Lunatic asylums Punjab 1895-1910 - 1895-1910
Year: 1895
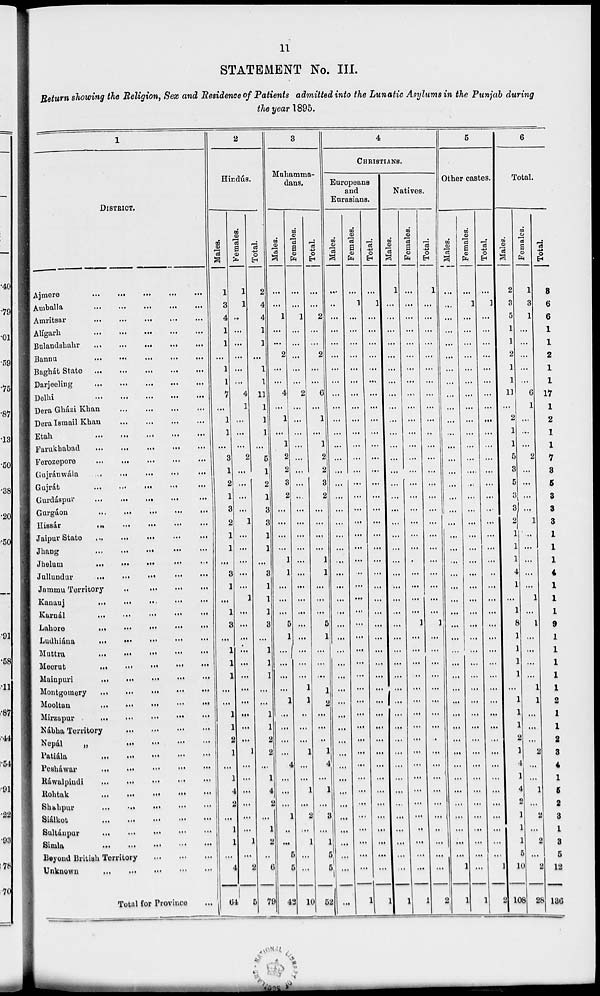
11
STATEMENT No. III.
Return showing the Religion, Sex and Residence of Patients admitetted the Lunatic Asylums in the Punjab during
the year 1895.
1
DlSTRICT.
Ajmere ... ... ... ... ...
Amballa
...
...
...
...
...
Amritsar
...
...
...
...
...
Alígarh
...
...
...
...
...
Bulandshahr
...
...
...
...
...
Bannu
...
...
...
...
...
Baghát State ...
...
...
...
...
Darjeeling
...
...
...
...
...
Delhi
...
...
...
...
...
Dera Gházi Khan
...
...
...
...
Dera Ismail Khan
...
...
...
...
Etah
...
...
...
...
...
Farukhabad
...
...
...
...
...
Ferozepore ... ... ... ... ...
Gujránwála
...
...
...
...
...
Gujrát
...
...
...
...
...
Gurdáspur
...
...
...
...
...
Gurgáon
...
...
...
...
...
Hissár
...
...
...
...
...
Jaipur State
...
...
...
...
...
Jhang
...
...
...
...
...
Jhelum
...
...
...
...
...
Jallundur
...
...
...
...
...
Jammu Territory
... ... ... ...
Kanauj
...
...
...
...
...
Karnál
...
...
...
...
...
Lahore
...
...
...
...
...
Ludhiána
...
...
...
...
...
Muttra
...
...
...
...
...
Meerut
...
...
...
...
...
Mainpuri
...
...
...
...
...
Montgomery
...
...
...
...
...
Mooltan
...
...
...
...
...
Mirzapur
...
...
...
...
...
...
Nábha Territory
...
...
...
...
...
Nepál
„
...
...
...
...
Patiála
...
...
...
...
...
Pesháwar
...
...
...
...
...
Ráwalpindi
...
...
...
...
...
Rohtak
...
...
...
...
...
Shahpur
...
...
...
...
Siálkot
...
...
...
...
...
Sultánpur
...
...
...
...
...
Simla
...
...
...
...
...
Beyond British Territory
...
...
...
Unknown
...
...
...
...
...
Total for Province
...
2
Hindús.
Males.
1
3
4
1
1
...
1
1
7
...
1
1
...
3
1
2
1
3
2
1
1
...
3
1
...
1
3
...
...
1
1
...
...
1
1
2
1
...
1
4
2
...
1
1
...
4
64
Females.
1
1
...
...
...
...
...
...
4
1
...
...
...
2
...
...
...
...
1
...
...
...
...
...
1
...
...
...
...
...
...
...
...
...
...
...
1
...
...
...
...
...
...
1
...
2
5
Total.
2
4
4
1
1
...
1
1
11
1
1
1
...
5
1
2
1
3
3
1
1
...
3
1
1
1
3
...
1
1
1
...
...
1
1
2
2
...
1
4
2
...
1
2
...
6
79
3
Mahamma-
dans.
Males.
...
...
1
...
...
2
...
...
4
...
1
...
1
2
2
3
2
...
...
...
...
1
1
...
...
...
5
1
...
...
...
...
1
...
...
...
...
4
...
...
...
1
...
...
6
5
42
Females.
...
...
1
...
...
...
...
...
2
...
...
...
...
...
...
...
...
...
...
...
...
...
...
...
...
...
...
...
...
...
...
1
1
...
...
...
1
...
...
1
...
2
...
1
...
...
10
Total.
...
...
2
...
...
2
...
...
6
...
1
...
1
2
2
3
2
...
...
...
...
1
1
...
...
...
5
1
...
...
...
1
2
...
...
...
1
4
...
1
...
3
...
1
5
5
52
4
CHRISTIANS.
Europeans
and
Eurasians.
Males.
...
...
...
...
...
...
...
...
...
...
...
...
...
...
...
...
...
...
...
...
...
...
...
...
...
...
...
...
...
...
...
...
...
...
...
...
...
...
...
...
...
...
...
...
...
...
...
Females.
...
1
...
...
...
...
...
...
...
...
...
...
...
...
...
...
...
...
...
...
...
...
...
...
...
...
...
...
...
...
...
...
...
...
...
...
...
...
...
...
...
...
...
...
...
...
1
Total.
...
1
...
...
...
...
...
...
...
...
...
...
...
...
...
...
...
...
...
...
...
...
...
...
...
...
...
...
...
...
...
...
...
...
...
...
...
...
...
...
...
...
...
...
...
...
1
Natives.
Males.
1
...
...
...
...
...
...
...
...
...
...
...
...
...
...
...
...
...
...
...
...
...
...
...
...
...
...
...
...
...
...
...
...
...
...
...
...
...
...
...
...
...
...
...
...
...
1
Females.
...
...
...
...
...
...
...
...
...
...
...
...
...
...
...
...
...
...
...
...
...
...
...
...
...
...
1
...
...
...
...
...
...
...
...
...
...
...
...
...
...
...
...
...
...
...
l
Total.
1
...
...
...
...
...
...
...
...
...
...
...
...
...
...
...
...
...
...
...
...
...
...
...
...
...
1
...
...
...
...
...
...
...
...
...
...
...
...
...
...
...
...
...
...
...
1
5
Other castes.
Males.
...
...
...
...
...
...
...
...
...
...
...
...
...
...
...
...
...
...
...
...
...
...
...
...
...
...
...
...
...
...
...
...
...
...
...
...
...
...
...
...
...
...
...
...
...
1
2
Females.
...
1
...
...
...
...
...
...
...
...
...
...
...
...
....
...
...
...
...
...
...
...
...
...
...
...
...
...
...
...
...
...
...
...
...
...
...
...
...
...
...
...
...
...
...
...
1
Total.
1
...
...
...
...
...
...
...
...
...
...
...
...
...
...
...
...
...
...
...
...
...
...
...
...
...
...
...
...
...
...
...
...
...
...
...
...
...
...
...
...
...
...
...
1
2
6
Total.
Males.
2
3
5
1
1
2
1
1
11
...
2
1
1
5
3
5
3
3
2
1
1
1
4
1
...
1
8
1
1
1
1
...
1
1
1
2
1
4
1
4
2
1
1
1
5
10
108
Females.
1
3
1
...
...
...
...
...
6
1
...
...
...
2
...
...
...
...
1
...
...
...
...
...
1
...
1
...
...
...
...
1
1
...
...
...
2
...
...
1
...
2
...
2
...
2
28
Total.
3
6
6
1
1
2
1
1
17
1
2
1
1
7
3
5
3
3
3
1
1
1
4
...
1
1
9
1
1
1
1
1
1
1
1
2
3
4
1
5
2
3
1
8
5
12
136